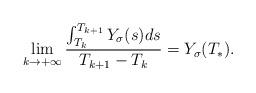
LaTeX: \begin{align*}\lim_{k\to+\infty}\frac{\int_{T_k}^{T_{k+1}}Y_\sigma(s)ds}{T_{k+1}-T_k}=Y_\sigma(T_*).\end{align*}